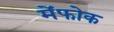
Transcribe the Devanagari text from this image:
मेंफोक